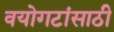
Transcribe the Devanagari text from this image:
वयोगटांसाठी